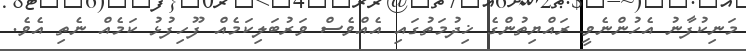
މަނިކުފާނު އެހުންނެވީ ރައްޔިތުންގެ ޚިދުމަތުގައި އެއްވެސް ވަރުބަލިކަމެއް ފޫހިފުޅު ކަމެއް ނެތި އެވެ.